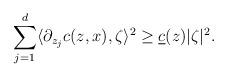
LaTeX: \begin{align*}\sum_{j=1}^d\langle\partial_{z_j}{c}(z,x),\zeta\rangle^{2}\geq \underline{c}(z)\vert\zeta\vert^2.\end{align*}